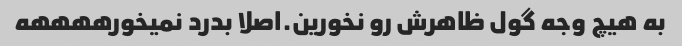
به هیچ وجه گول ظاهرش رو نخورین.اصلا بدرد نمیخورههههه